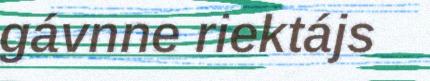
gávnne riektájs